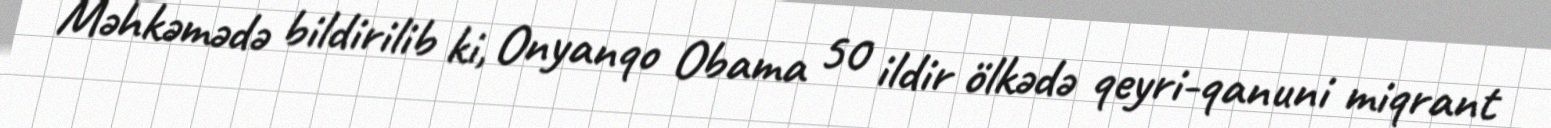
Məhkəmədə bildirilib ki, Onyanqo Obama 50 ildir ölkədə qeyri-qanuni miqrant